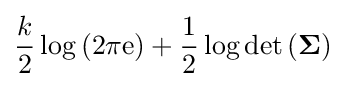
{\frac {k}{2}}\log {\mathord {\left(2\pi \mathrm {e} \right)}}+{\frac {1}{2}}\log \det {\mathord {\left({\boldsymbol {\Sigma }}\right)}}